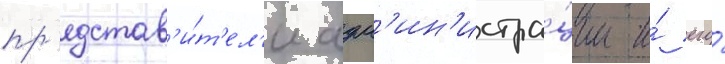
пр'едстав'и́т'ел'и адм'ин'истра́ции и́ его́